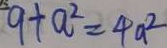
9 + a ^ { 2 } = 4 a ^ { 2 }